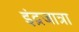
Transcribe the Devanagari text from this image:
इंद्रजात्रा